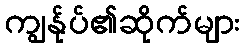
ကျွန်ုပ်၏ဆိုက်များ